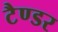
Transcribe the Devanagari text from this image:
टैण्डर